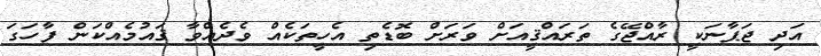
އަދި ޖަޕާނަކީ ރާއްޖޭގެ ތަރައްޤީއަށް ވަރަށް ބޮޑެތި އެހީތަކެއް ވެދެއްވާ ޤައުމެއްކަން ފާހަގަ